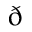
\eth